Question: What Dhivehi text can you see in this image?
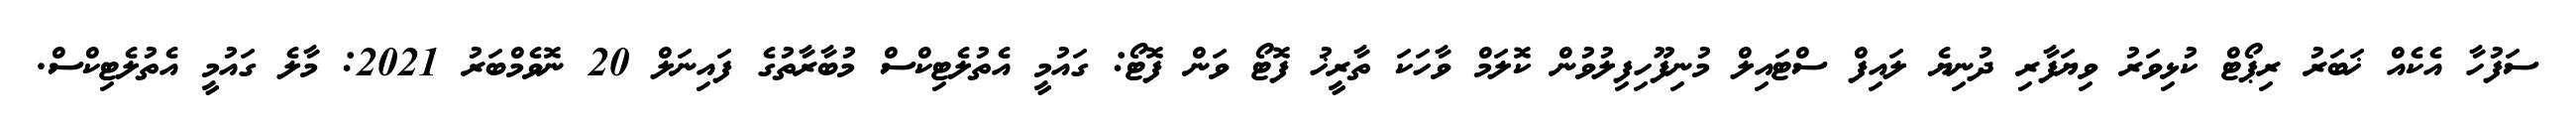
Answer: ސަފުހާ އެކެއް ޚަބަރު ރިޕޯޓް ކުޅިވަރު ވިޔަފާރި ދުނިޔެ ލައިފް ސްޓައިލް މުނިފޫހިފިލުވުން ކޮލަމް ވާހަކަ ތާރީޚު ފޮޓޯ ވަން ފޮޓޯ: ގައުމީ އެތުލެޓިކްސް މުބާރާތުގެ ފައިނަލް 20 ނޮވެމްބަރު 2021: މާލެ ގައުމީ އެތުލެޓިކްސް.